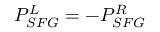
P _ { S F G } ^ { L } = - P _ { S F G } ^ { R }